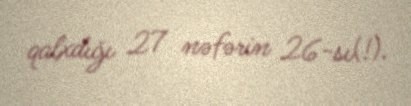
qalxdığı 27 nəfərin 26-sı(!).